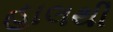
હાલથી